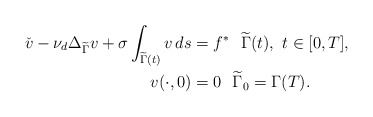
\begin{align*} \check{v} - \nu_d \Delta_{\widetilde \Gamma} v + \sigma \int_{\widetilde\Gamma(t)} v\, ds & = f^\ast ~~\widetilde{\Gamma}(t), ~t \in [0,T], \\ v(\cdot,0) &= 0 ~~\widetilde \Gamma_0=\Gamma(T). \end{align*}